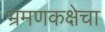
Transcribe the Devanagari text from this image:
भ्रमणकक्षेचा